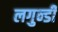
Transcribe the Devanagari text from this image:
लगुन्डी